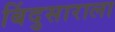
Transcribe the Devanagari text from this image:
बिंदुसाराला